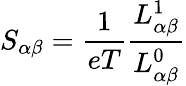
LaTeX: S_{\alpha\beta}=\frac{1}{eT}\frac{L_{\alpha\beta}^{1}}{L_{\alpha\beta}^{0}}